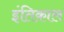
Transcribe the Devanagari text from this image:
इंतिक़ाल